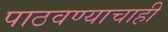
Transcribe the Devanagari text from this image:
पाठवण्याचाही